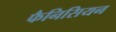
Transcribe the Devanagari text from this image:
फैनिसियन